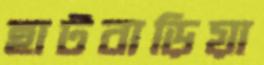
হাটবাড়িয়া